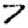
Digit: 7